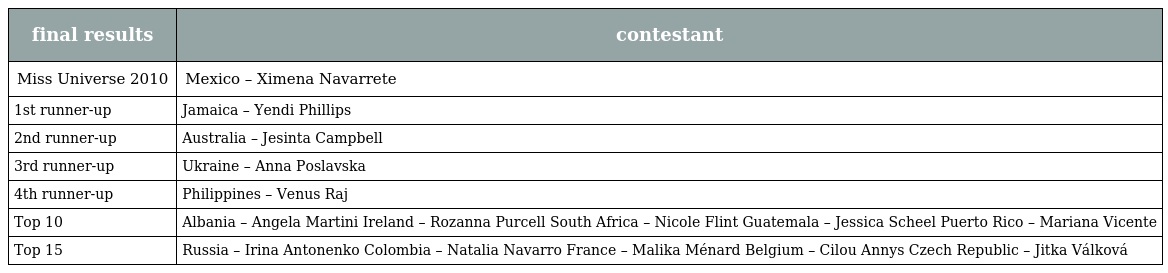
| final results | contestant |
 | --- | --- |
 | Miss Universe 2010 | Mexico – Ximena Navarrete |
 | 1st runner-up | Jamaica – Yendi Phillips |
 | 2nd runner-up | Australia – Jesinta Campbell |
 | 3rd runner-up | Ukraine – Anna Poslavska |
 | 4th runner-up | Philippines – Venus Raj |
 | Top 10 | Albania – Angela Martini Ireland – Rozanna Purcell South Africa – Nicole Flint Guatemala – Jessica Scheel Puerto Rico – Mariana Vicente |
 | Top 15 | Russia – Irina Antonenko Colombia – Natalia Navarro France – Malika Ménard Belgium – Cilou Annys Czech Republic – Jitka Válková |